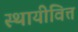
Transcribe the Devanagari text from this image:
स्थायीवित्त